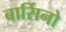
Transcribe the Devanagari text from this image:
बार्सिनो